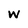
Character: w